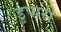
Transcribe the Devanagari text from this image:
डुपारी